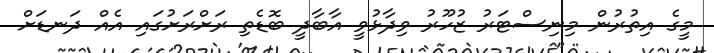
މީގެ އިތުރުން މިނިސްޓަރު ޒުހޫރު ވިދާޅުވީ އާބާދީ ބޮޑެތި ރަށްރަށުގައި އެއް ދަނޑަށް